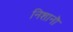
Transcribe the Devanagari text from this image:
निशानॊं